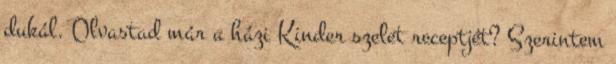
dukál. Olvastad már a házi Kinder szelet receptjét? Szerintem